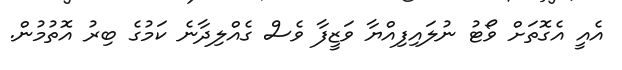
އެއީ އެގޮތަށް ވޯޓު ނުލައިފިއްޔާ ވަޒީފާ ވެސް ގެއްލިދާނެ ކަމުގެ ބިރު އޮތުމުން.